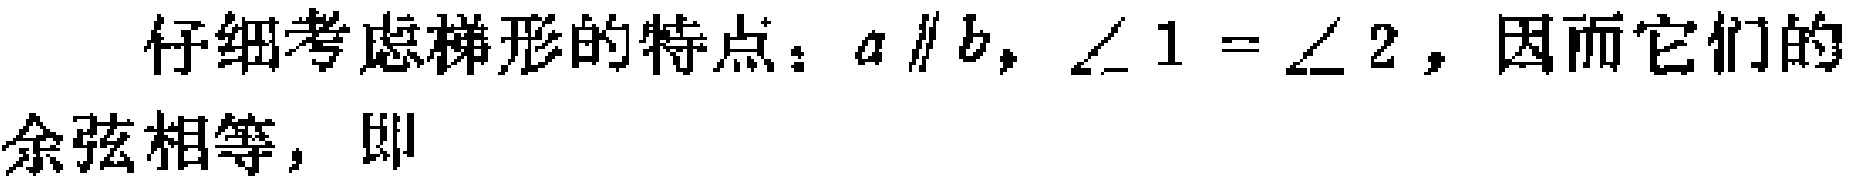
仔细考虑梯形的特点：\(a \parallel b\)，\(\angle 1 = \angle 2\)，因而它们的余弦相等，即